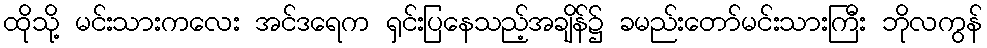
ထိုသို့ မင်းသားကလေး အင်ဒရေက ရှင်းပြနေသည့်အချိန်၌ ခမည်းတော်မင်းသားကြီး ဘိုလကွန်